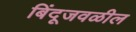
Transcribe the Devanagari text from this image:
बिंदूजवळील